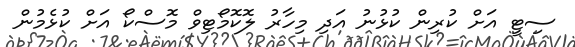
ސިޓީ އަށް ކުރިން ކުޅުނު އަދި މިހާރު ލޮކޮމޯޓިވް މޮސްކޯ އަށް ކުޅެމުން